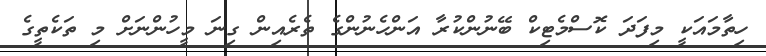
ހިތާމައަކީ މިފަދަ ކޮސްމެޓިކް ބޭނުންކުރާ އަންހެނުންގެ ތެރެއިން ގިނަ މީހުންނަށް މި ތަކެތީގެ